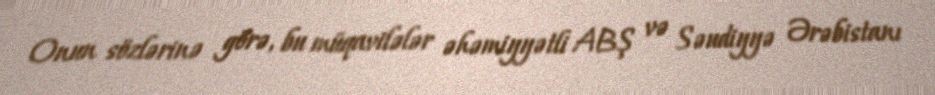
Onun sözlərinə görə, bu müqavilələr əhəmiyyətli ABŞ və Səudiyyə Ərəbistanı